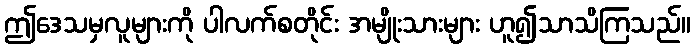
ဤဒေသမှလူများကို ပါလက်စတိုင်း အမျိုးသားများ ဟူ၍သာသိကြသည်။